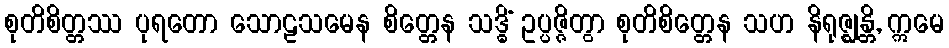
စုတိစိတ္တဿ ပုရတော သောဠသမေန စိတ္တေန သဒ္ဓိံ ဥပ္ပဇ္ဇိတွာ စုတိစိတ္တေန သဟ နိရုဇ္ဈန္တိ, ဣမေ